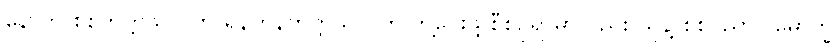
နောက် စစ်တက္ကသိုလ်ကို ရန်ကုန်တက္ကသိုလ်က ဘွဲ့ပေးဖို့ စီစဉ်ရာမှာလည်း သူနဲ့ စစ်ပညာပါမောက္ခ